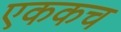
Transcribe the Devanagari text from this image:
एककच